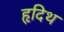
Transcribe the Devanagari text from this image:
हृदिथ